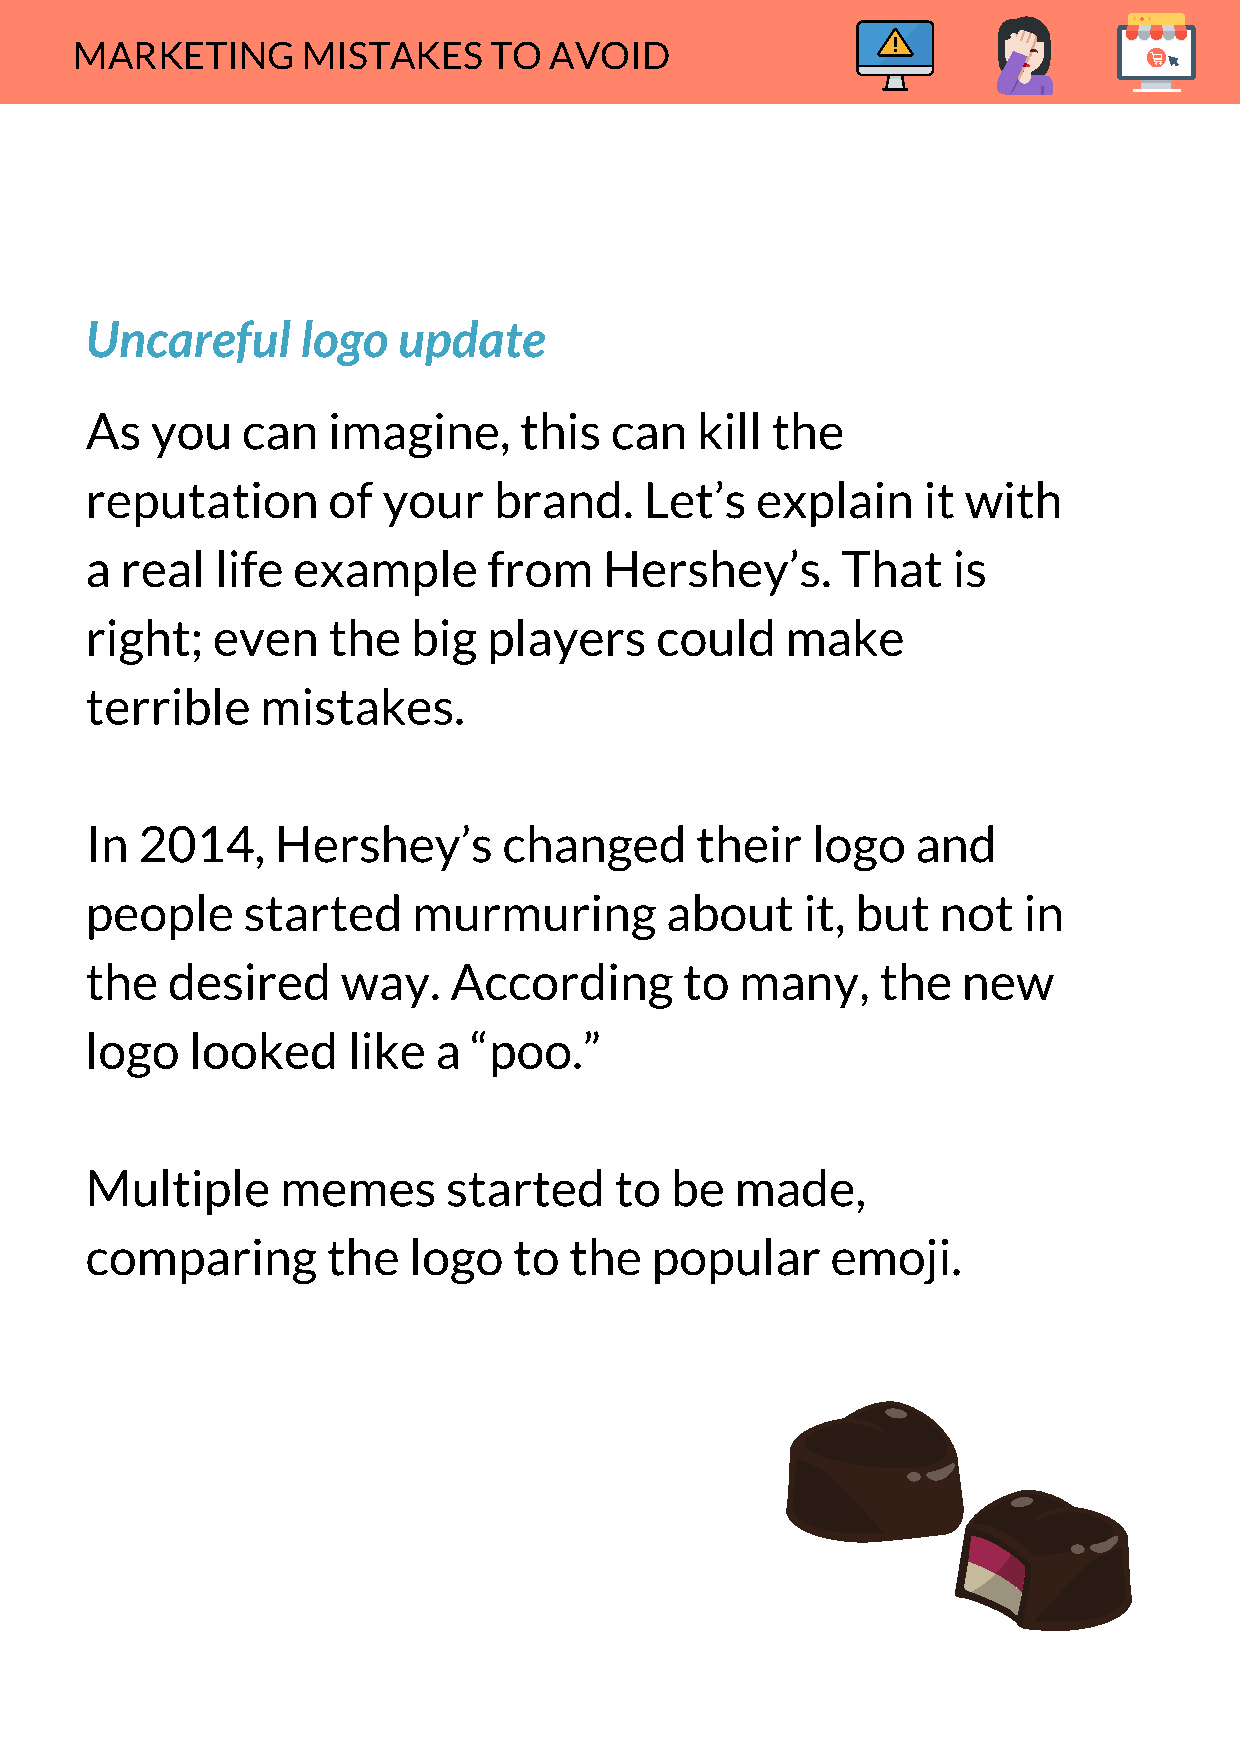
MARKETING      MISTAKES    TO  AVOID
 Uncareful     logo  update
 As  you   can   imagine,    this  can   kill the
 reputation      of your    brand.    Let’s  explain    it with
 a real  life example      from    Hershey’s.      That   is
 right;  even    the  big  players    could    make
 terrible   mistakes.
 In 2014,    Hershey’s      changed      their   logo   and
 people    started    murmuring        about    it, but  not   in
 the  desired     way.   According      to  many,    the   new
 logo   looked    like  a “poo.”
 Multiple     memes      started    to be   made,
 comparing       the  logo   to  the  popular     emoji.